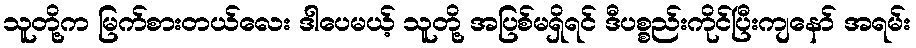
သူတို့က မြက်စားတယ်လေး ဒါပေမယ့် သူတို့ အပြစ်မရှိရင် ဒီပစ္စည်းကိုင်ပြီးကျနော် အရမ်း